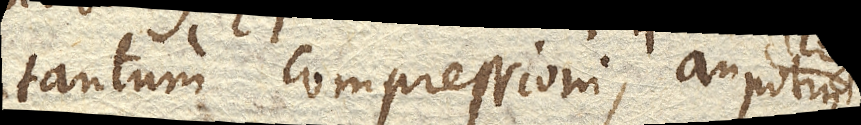
tantum compressioni, an